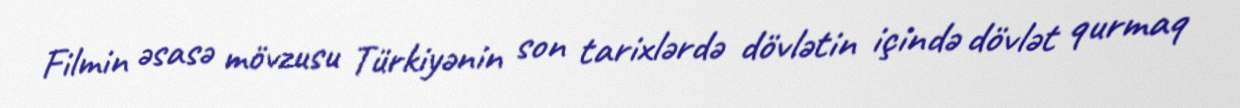
Filmin əsasə mövzusu Türkiyənin son tarixlərdə dövlətin içində dövlət qurmaq